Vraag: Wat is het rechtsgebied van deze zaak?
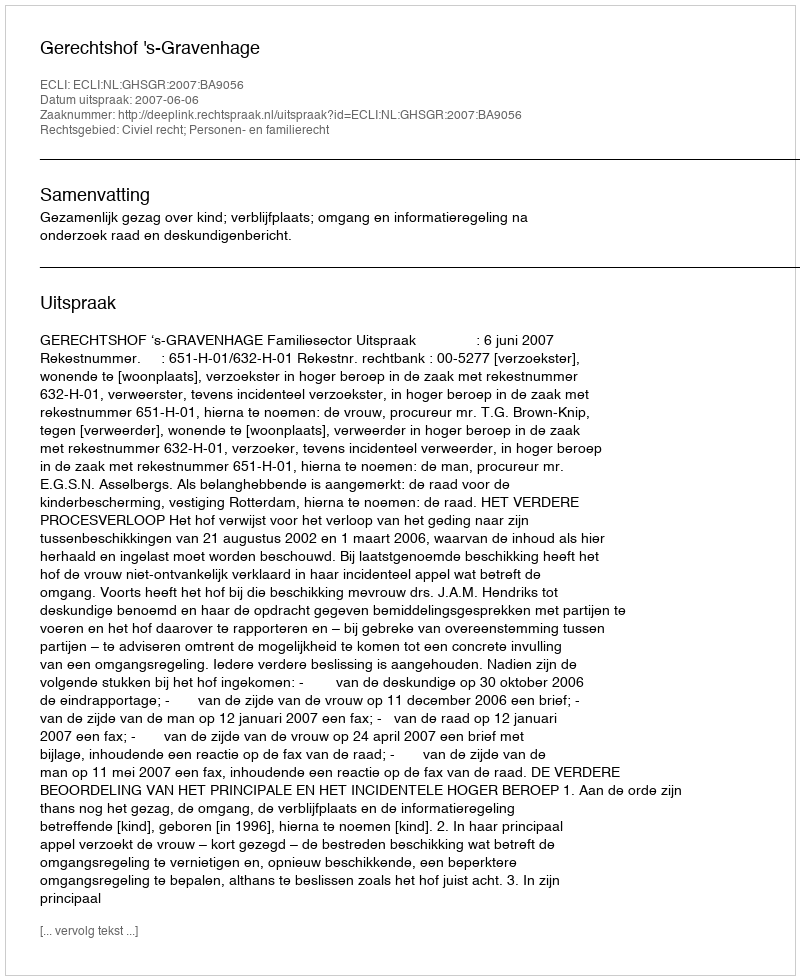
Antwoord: Civiel recht; Personen- en familierecht